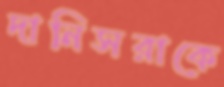
দানিসরাকে